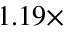
1 . 1 9 \times